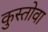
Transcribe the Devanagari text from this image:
कुस्तोवा